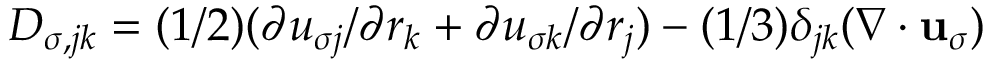
{ \cal D } _ { \sigma , j k } = ( 1 / 2 ) ( \partial u _ { \sigma j } / \partial r _ { k } + \partial u _ { \sigma k } / \partial r _ { j } ) - ( 1 / 3 ) \delta _ { j k } ( \nabla \cdot { \bf u } _ { \sigma } )